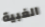
الغبية